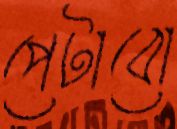
পেটাবো